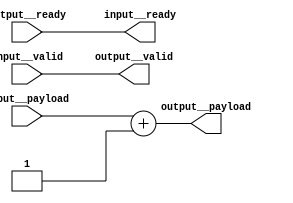
module add_one(input__payload, input__ready, output__valid, output__payload, output__ready, input__valid);
  (* src = "/media/tim/GIT/tcal-x/CFU-Playground/proj/hps_accel/gateware/gen1/hps_cfu.py:59" *)
  wire [32:0] \$1 ;
  (* src = "/media/tim/GIT/tcal-x/CFU-Playground/proj/hps_accel/gateware/gen1/hps_cfu.py:59" *)
  wire [32:0] \$2 ;
  (* src = "/media/tim/GIT/tcal-x/CFU-Playground/proj/hps_accel/gateware/stream/actor.py:48" *)
  input [31:0] input__payload;
  (* src = "/media/tim/GIT/tcal-x/CFU-Playground/proj/hps_accel/gateware/stream/actor.py:48" *)
  output input__ready;
  (* src = "/media/tim/GIT/tcal-x/CFU-Playground/proj/hps_accel/gateware/stream/actor.py:48" *)
  input input__valid;
  (* src = "/media/tim/GIT/tcal-x/CFU-Playground/proj/hps_accel/gateware/stream/actor.py:49" *)
  output [31:0] output__payload;
  (* src = "/media/tim/GIT/tcal-x/CFU-Playground/proj/hps_accel/gateware/stream/actor.py:49" *)
  input output__ready;
  (* src = "/media/tim/GIT/tcal-x/CFU-Playground/proj/hps_accel/gateware/stream/actor.py:49" *)
  output output__valid;
  assign \$2  = input__payload + (* src = "/media/tim/GIT/tcal-x/CFU-Playground/proj/hps_accel/gateware/gen1/hps_cfu.py:59" *) 1'h1;
  assign \$1  = \$2 ;
  assign output__payload = \$2 [31:0];
  assign output__valid = input__valid;
  assign input__ready = output__ready;
endmodule